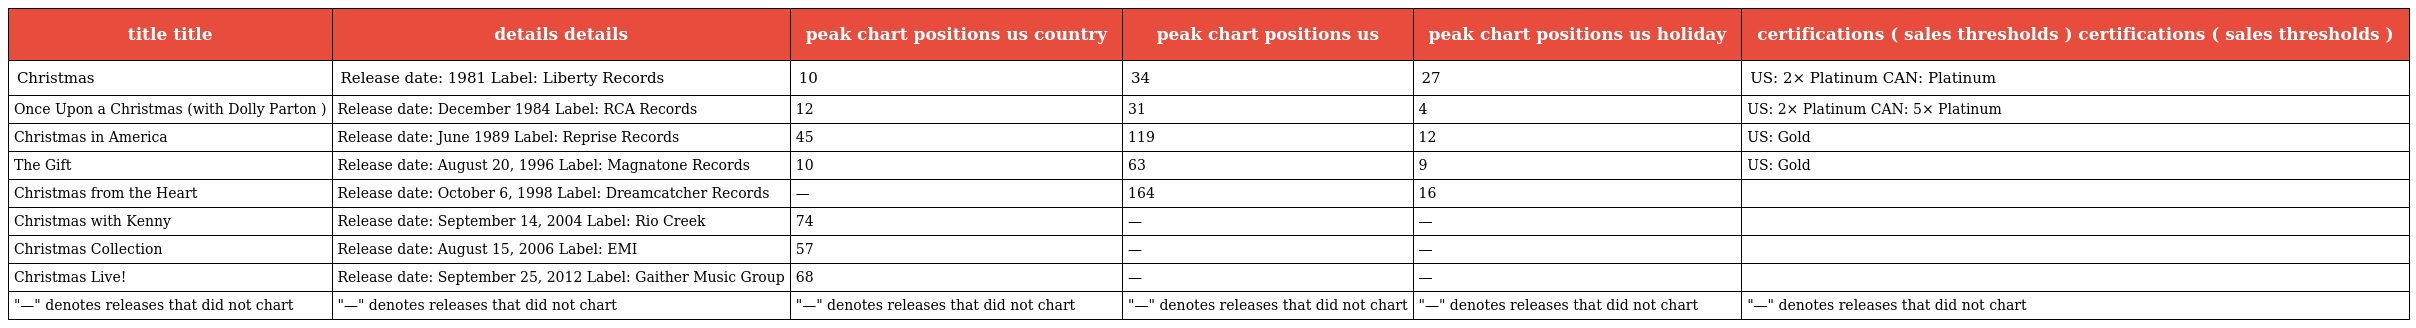
| title title | details details | peak chart positions us country | peak chart positions us | peak chart positions us holiday | certifications ( sales thresholds ) certifications ( sales thresholds ) |
 | --- | --- | --- | --- | --- | --- |
 | Christmas | Release date: 1981 Label: Liberty Records | 10 | 34 | 27 | US: 2× Platinum CAN: Platinum |
 | Once Upon a Christmas (with Dolly Parton ) | Release date: December 1984 Label: RCA Records | 12 | 31 | 4 | US: 2× Platinum CAN: 5× Platinum |
 | Christmas in America | Release date: June 1989 Label: Reprise Records | 45 | 119 | 12 | US: Gold |
 | The Gift | Release date: August 20, 1996 Label: Magnatone Records | 10 | 63 | 9 | US: Gold |
 | Christmas from the Heart | Release date: October 6, 1998 Label: Dreamcatcher Records | — | 164 | 16 |  |
 | Christmas with Kenny | Release date: September 14, 2004 Label: Rio Creek | 74 | — | — |  |
 | Christmas Collection | Release date: August 15, 2006 Label: EMI | 57 | — | — |  |
 | Christmas Live! | Release date: September 25, 2012 Label: Gaither Music Group | 68 | — | — |  |
 | "—" denotes releases that did not chart | "—" denotes releases that did not chart | "—" denotes releases that did not chart | "—" denotes releases that did not chart | "—" denotes releases that did not chart | "—" denotes releases that did not chart |